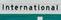
international